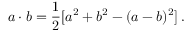
a \cdot b = \frac { 1 } { 2 } [ a ^ { 2 } + b ^ { 2 } - ( a - b ) ^ { 2 } ] \, .